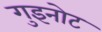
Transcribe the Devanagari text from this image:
गुइनोट